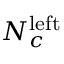
N _ { c } ^ { \mathrm { l e f t } }